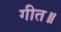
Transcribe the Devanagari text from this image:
गीत॥